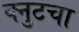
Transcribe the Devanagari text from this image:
क्नुटचा